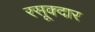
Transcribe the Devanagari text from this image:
रसूक्दार